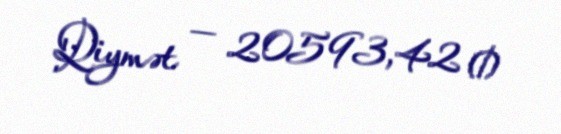
Qiymət — 20593,42 ₼